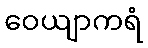
ဝေယျာကရံ